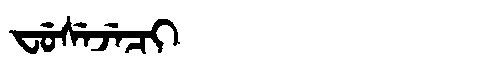
Manchu: ᠸᡠᠰᡝᠵᡝᠴᡳ
Romanization: FUSEJECI